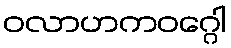
ဝလာဟကဝဂ္ဂေါ